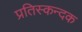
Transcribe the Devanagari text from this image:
प्रतिस्कन्दक